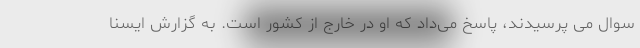
سوال می پرسیدند، پاسخ می‌داد که او در خارج از کشور است. به گزارش ایسنا